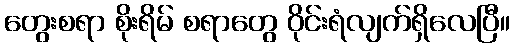
တွေးစရာ စိုးရိမ် စရာတွေ ဝိုင်းရံလျက်ရှိလေပြီ။